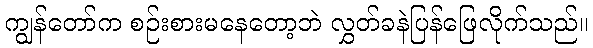
ကျွန်တော်က စဉ်းစားမနေတော့ဘဲ လွှတ်ခနဲပြန်ဖြေလိုက်သည်။